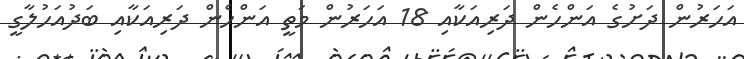
އަހަރުން ދަށުގެ އަންހެން ދަރިއަކާއި 18 އަހަރުން މަތީ އަންހެން ދަރިއަކާއި ބަދުއަހުލާގީ